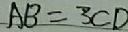
A B = 3 C D